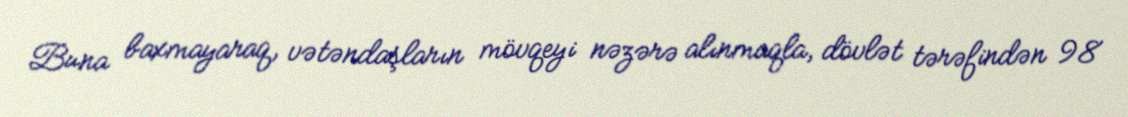
Buna baxmayaraq, vətəndaşların mövqeyi nəzərə alınmaqla, dövlət tərəfindən 98